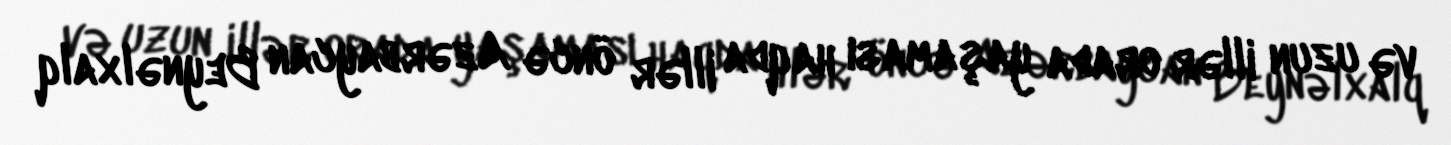
və uzun illər orada yaşaması haqda illər öncə Azərbaycan Beynəlxalq